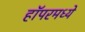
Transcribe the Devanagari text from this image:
हॉपरमध्ये